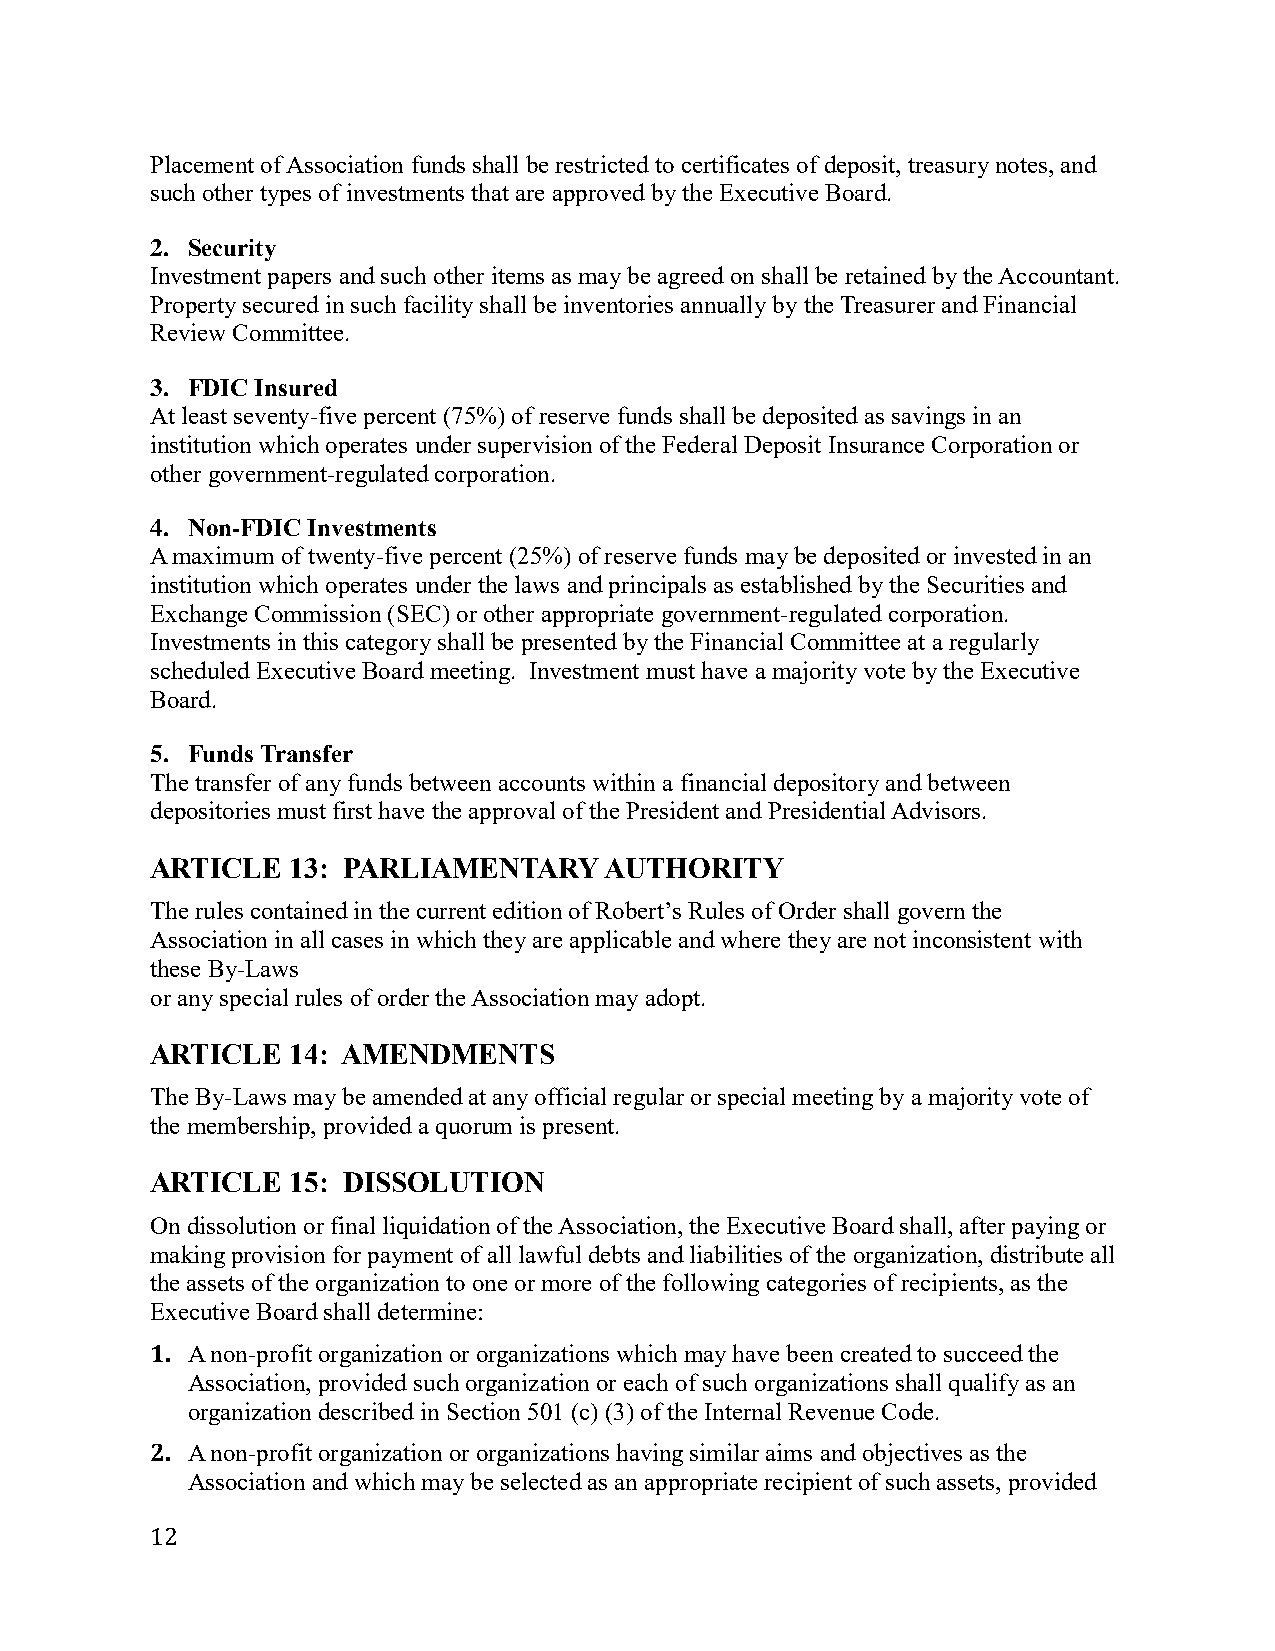
Placement of Association funds shall be restricted to certificates of deposit, treasury notes, and
 such other types of investments that are approved by the Executive Board.
 2. Security
 Investment papers and such other items as may be agreed on shall be retained by the Accountant.
 Property secured in such facility shall be inventories annually by the Treasurer and Financial
 Review Committee.
 3. FDIC Insured
 At least seventy-five percent (75%) of reserve funds shall be deposited as savings in an
 institution which operates under supervision of the Federal Deposit Insurance Corporation or
 other government-regulated corporation.
 4. Non-FDIC Investments
 A maximum of twenty-five percent (25%) of reserve funds may be deposited or invested in an
 institution which operates under the laws and principals as established by the Securities and
 Exchange Commission (SEC) or other appropriate government-regulated corporation.
 Investments in this category shall be presented by the Financial Committee at a regularly
 scheduled Executive Board meeting. Investment must have a majority vote by the Executive
 Board.
 5. Funds Transfer
 The transfer of any funds between accounts within a financial depository and between
 depositories must first have the approval of the President and Presidential Advisors.
 ARTICLE  13: PARLIAMENTARY    AUTHORITY
 The rules contained in the current edition of Robert’s Rules of Order shall govern the
 Association in all cases in which they are applicable and where they are not inconsistent with
 these By-Laws
 or any special rules of order the Association may adopt.
 ARTICLE  14: AMENDMENTS
 The By-Laws may be amended at any official regular or special meeting by a majority vote of
 the membership, provided a quorum is present.
 ARTICLE  15: DISSOLUTION
 On dissolution or final liquidation of the Association, the Executive Board shall, after paying or
 making provision for payment of all lawful debts and liabilities of the organization, distribute all
 the assets of the organization to one or more of the following categories of recipients, as the
 Executive Board shall determine:
 1. A non-profit organization or organizations which may have been created to succeed the
 Association, provided such organization or each of such organizations shall qualify as an
 organization described in Section 501 (c) (3) of the Internal Revenue Code.
 2. A non-profit organization or organizations having similar aims and objectives as the
 Association and which may be selected as an appropriate recipient of such assets, provided
 12